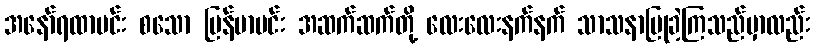
အနော်ရထာမင်း စသော မြန်မာမင်း အဆက်ဆက်တို့ လေးလေးနက်နက် သာသနာပြုခဲ့ကြသည်မှာလည်း